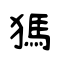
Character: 獁